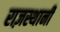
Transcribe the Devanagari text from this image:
राज़स्थानी